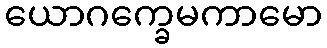
ယောဂက္ခေမကာမော